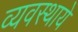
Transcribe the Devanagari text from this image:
व्यवस्थाये